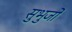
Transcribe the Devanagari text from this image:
सुभुजो